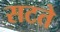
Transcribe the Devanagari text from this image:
सटते